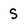
Character: S